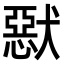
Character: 𤡾